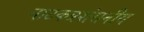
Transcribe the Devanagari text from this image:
नाटकप्रशंसनीय